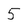
Character: 5